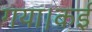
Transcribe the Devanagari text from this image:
गया।कई